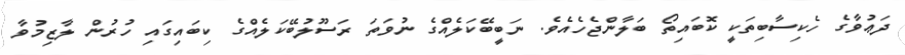
ދަޢުވާގެ ހެކިސާބިތަކީ ކޮބައިތޯ ބަލާންޖެހެއެވެ. ނަބީބޭކަލެއްގެ ނުވަތަ ރަސޫލުބޭކަލެއްގެ ކިބައިގައި ހުރުން ލާޒިމުވާ